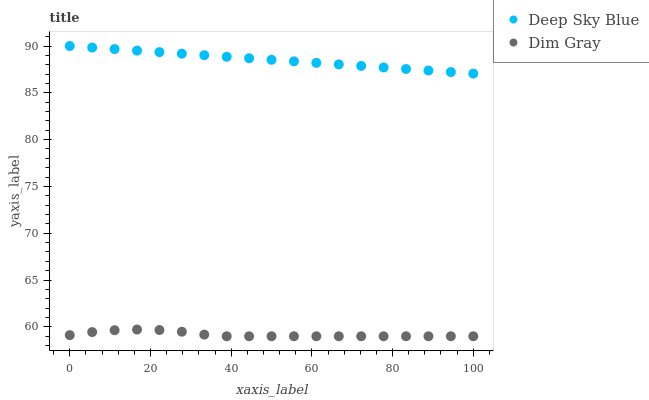
| xaxis_label | Deep Sky Blue | Dim Gray |
 | --- | --- | --- |
 | 0 | 90 | 59.1 |
 | 5.56 | 89.8 | 59.4 |
 | 11.1 | 89.7 | 59.6 |
 | 16.7 | 89.5 | 59.7 |
 | 22.2 | 89.3 | 59.7 |
 | 27.8 | 89.2 | 59.5 |
 | 33.3 | 89 | 59.2 |
 | 38.9 | 88.9 | 59 |
 | 44.4 | 88.7 | 59 |
 | 50 | 88.5 | 59 |
 | 55.6 | 88.4 | 59 |
 | 61.1 | 88.2 | 59 |
 | 66.7 | 88 | 59 |
 | 72.2 | 87.9 | 59 |
 | 77.8 | 87.7 | 59 |
 | 83.3 | 87.5 | 59 |
 | 88.9 | 87.4 | 59 |
 | 94.4 | 87.2 | 59 |
 | 100 | 87.1 | 59 |